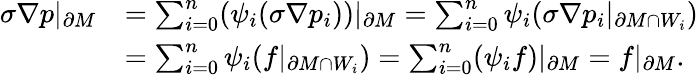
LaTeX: \begin{array}{rl}{\sigma\nabla p|_{\partial M}}&{=\sum_{i=0}^{n}(\psi_{i}(\sigma\nabla p_{i}))|_{\partial M}=\sum_{i=0}^{n}\psi_{i}(\sigma\nabla p_{i}|_{\partial M\cap W_{i}})}\\ &{=\sum_{i=0}^{n}\psi_{i}(f|_{\partial M\cap W_{i}})=\sum_{i=0}^{n}(\psi_{i}f)|_{\partial M}=f|_{\partial M}.}\end{array}